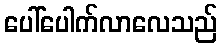
ပေါ်ပေါက်လာလေသည်